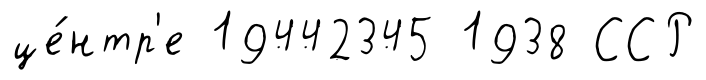
це́нтр'е 19442345 1938 ССР